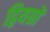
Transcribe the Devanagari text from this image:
द्वियग्रों